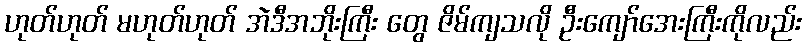
ဟုတ်ဟုတ် မဟုတ်ဟုတ် အဲဒီအဘိုးကြီး တွေ ဇိမ်ကျသလို ဦးကျော်အေးကြီးကိုလည်း